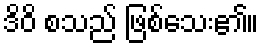
ဒိဝိ စသည် ဖြစ်သေး၏။